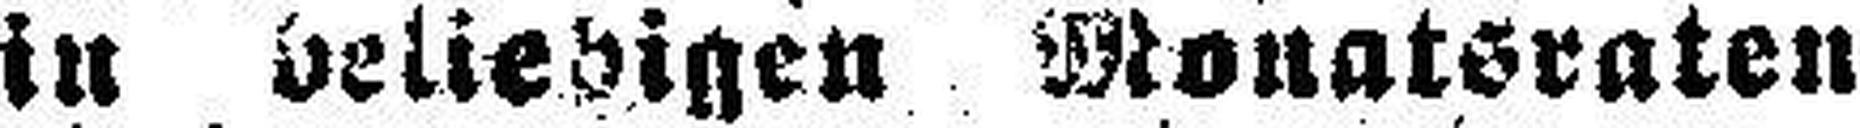
in beliebigen Monatsraten